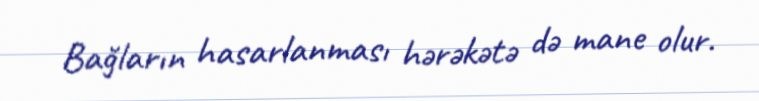
Bağların hasarlanması hərəkətə də mane olur.